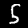
Label: 5